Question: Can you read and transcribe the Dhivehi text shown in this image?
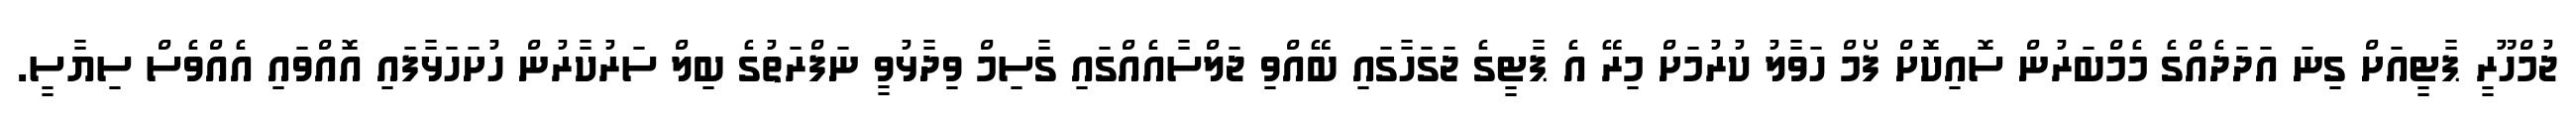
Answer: ޖުމްހޫރީ ޕާޓީއަށް ގިނަ އަދަދެއްގެ މެމްބަރުން ސޮއިކޮށް ފޯމް ހަވާލު ކުރުމަށް މިރޭ އެ ޕާޓީގެ ޖަގަހާގައި ބޭއްވި ޖަލްސާއެއްގައި ގާސިމް ވިދާޅުވީ ނަފްރަތުގެ ބިލް ސަރުކާރުން ހުށަހަޅާފައި އޮއްވައި އެއްވެސް ސިޔާސީ.